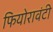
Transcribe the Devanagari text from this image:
फियोरावंटी